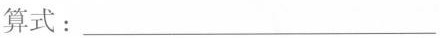
算式：___